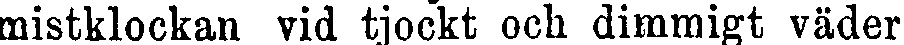
mistklockan vid tjockt och dimmigt väder